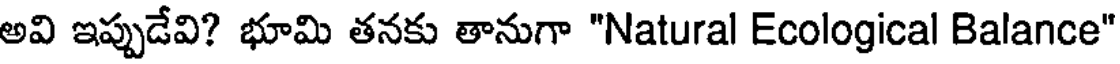
అవి ఇప్పుడేవి? భూమి తనకు తానుగా "Natural Ecological Balance"